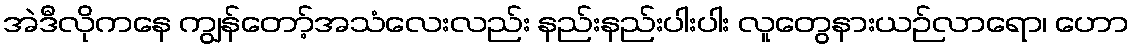
အဲဒီလိုကနေ ကျွန်တော့်အသံလေးလည်း နည်းနည်းပါးပါး လူတွေနားယဉ်လာရော၊ ဟော